Lunatic asylums Madras 1892-1911 - 1892-1911
Year: 1892
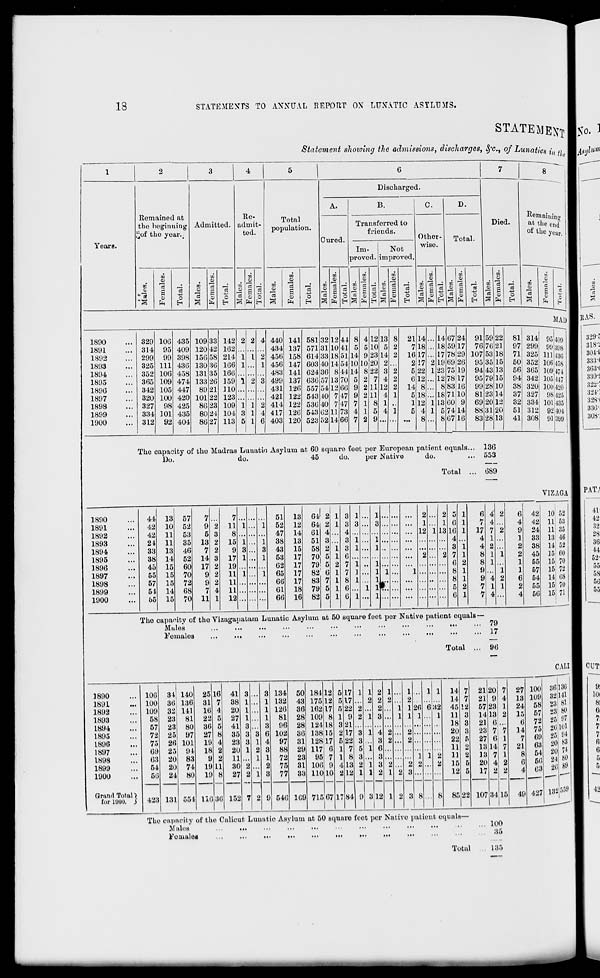
cr
o
c" r =
P Z* o
O
P_
c"
e
f
p
p
(5
P
g
P
ct-
O
o
01
d
P
5".
P
d
p
PC
I p
sc
I EX i C» O
Q
HMH-r--r!-'PMui
_T
CD 00 00 X 00 00 00 X X 00 00
CP
OCCCCCCCCCOCOCOCCCOCO
Cc
Ol
—
_C-
oo~
0B
EM
IC
tC
CO
Ol
—
M
pa
e»»r.f.«j«joioicco
c. 4- ~ £ Cli M cc c c c
b£ tC tC bO to tC IC 10 OS CO CO
if- C C O' OS O' CO CC tC C. a-
xvrxcocccxxii-ooifv
CC M- 00 -- I
-I CO M —' C. Q
_ _
i; i: i; - cc t c
co £ eejjo e^ct: pa i- o»
X M tO tC |ti.|lCCICI»>iffi
vi O i—' co cs en t- 1 *-> cc x i—
i tc tc : MPPMH H i- 1 M
tc
CO
cc toMOSif-c.esMMMOs
o si u x M K a H ca tc fr.
cccotctcceootctcosif. en
HCCHiiKiioa^x
or,w > )xx»wKC''^
3 1 t—'
M •—1 —
o " <t a M ci x jC
—.
<J tc tc
£ 1 14 if. rJ M OI |« 05 — EM On 0*
£ 1 r- M
IC M IC
10 CO X M Iv M i- -c
tC M i—
ic vi vt
CD
t-> tc CO CH CO CO
tc tc : M
CO
1 i-« M. M : M
i-i "•
IC M
E 1 tC CO CO C5 CO £-> DO tc tc tc
M 1 M ic : : tc tc ■ :
-
IC M
tc
tc :
:
:
: :
—i i—•;
.
CO
eo tc : :
ic tc
— MKM
X
• tc M •
•
M
tC ;
liiHi::
cs: M
X
: tc re :
:
— tc: M
no
— — — —- tC tC —
M 5> w M |« O 00
—- -
—
-' — —
ic
Id
en en tc tc en co os Co tc vt vt
M
o
vt
M » " " (O IO («
•1C KMMW"
i-i C" IC tC
4_ -a i-i t—i
CO
tc *>. vi #>■ OB »* oa
l-i tc
tc
os co co ©
en
IC tC M Vf i-i vr ■
tc i- 1 if» V|
CO
tc
M
1 iLOOBM^ikC
M tc M tc
ti if- os vi
ic
v>
M l-i
C. OIDR C^'OOiC C O
w r. ^ K c 6i tc <i x e c
M
\
co
I tototete ic ic ic ic tc cc
1
T-. -t © o e* r- ei a u tc
M
C
CD
CO
o
o
p
fe»-p
r 1 P
— ~
co *<5
o
cc
<i
s
P
oq
P
P
P
■s.
v;
C"
C
P
P
c
o
p
<
c
p
"p
p^
on
i
-■1 CO
ic cc
S-l P
t'
\ on 2 M cr -5 c - i Or 3c Z M
I '*-
ci n o: s? «j «i vt a i c e
-3
_
—
,
—
1— —
cexxxxxxxxxx
OCOCOCCCOCOCOCOCOCCCO
OCD»»4GiO»tt>-C0Uil-'O
C" i'l i.1 ii •-- 10 co to — — —
o> i*^ ^J Ol O' X CO *- IC tC It*.
0<*-OlOiC!lifCSHHCM
»t O "<t •» C5 W *■ OS Ol W W
O X tc o o tc Ci en CO IC VI
l-i-JCOCD-<rif>.<tC0OnCO<I
i-ii^-tctctcostctccstc'-
|_it-i|-iMI-'l-J
l-i
l-i
toi—•!—ii-'CDvrcoenXi—ivr
'.
: :
»-■:
i-* os t—■:
i-i:
I::::::::
: : : i_>*
HMH:
i—i:
C75CiCiCSCieni»>.Osii>Cnen
C". i—' c: o» tc co co x <t tc i—i
l_i|_i|_i>_it_iMI-'l-'l-
1 l-i|-'
O>X^IM<IMCnM*»tOC0
X»JXX<tvlOTOiCfflfl5
l«tCMKiOCXHMit.|4i.
en en <r c; en en ts co *>■ tc tc
HHHHbOMI-':
i- 1 1->
oCiX<TVfCJCoosif*ccoo
i—i :
r- — _J
I-i I-i
CO l-i
M H- 1 M h-> h-i
I-i I-i
CO M
.
.
.
i-i.
: ;
: •
i-i
:
:
:
:
:
tc: :
h-i
tC h-i tC
:
:
:
:
:
to :
:
MHM
C Ci X X C5 »J « ^ C O ti
HMMHtCMH!
h-i h-i H-i
vrocBXx*'*' vt VT35
,f- |_i ,£>. :
HMI9H <f if- #-.
:
i- 1 tc i-i '■
i- 1 :
: tc :
tc
tjs-toes'-'i-'totoi-'cotf-os
tntnenenenit-cseo
C Ol it <( Ol «> X M
ic ^_ ^_
lt- tc tc
OlOllfi-ViOiOt^.CS
i- c oc ti o c tc c;
I—' I—. o
u ui en
p-
c
o
p
0-
c
P
p
c
p
p
p
cc
— a
Ci o
CO
ifl
p
C °
"
i-b
CC
o
C-!-
VZ
C CD
•-S ^
tz; t=l
P S
<n- <S
K' O
5^
<= CD
P
P
<n
p
Pi, !Tt-
c S'
1-3
CO
O
►o
P
p
c i c tr
& I Ol OS
O | wo
ci w en en [? ^ w to cc
oi C-. cc ci
P X to tC i-f
o
1—• t—« 1—• 1—■ 1—1|—i |-i M Hit- 1 !—'
COXXXXXXXxOCX
CCOCCCOCOCCyCOCO^CDCO
OCOXVtOOlit-OSiiit-'O
ososososcoososostcosos
t-> CO tc IC *- Oft Ol tc CO i—' IC
tc ii- vi o tc oi ic ci co #- co
i—i
l—i l—i h-i l—i l—i
I— 1
CCOCOCOOOH-iCOCOO
KHXCOiCDOHOCiiO
l£.£.»f.£.|^£*(f.|f.0S#-l£.
O CO IC IC if- Vt Ol CO CO O OS
i^ «i Oi O «J it- X O X O Oi
M
1—1 I-i M I- 1 M h- 1
xxxoxososcooitco
C O O H O K H C O C !D
tc tc IC IC IC IC OS 00 O'l ti- CO
-~t it. os tc >-■ os oi cr. x tc os
1—i|-i|—1|—"-"-"h'1-itCI—'H
H O C M H W CS O H C *i.
0S*-CDC0OCDCr.05i^tClC
en co i-i: : H* : MM: tc
t-' h-> h-':
:
tc :
:
M :
tc
os li^ tc :
:
os:
HM:
if*
if.t^.if»ii».if>.Ku^if.lfk^.|f»
O M M tC OS CC X Ol Ol CO fcf*-
C0Mil.HHCO«CO*-O
H'MI-iMI-'l-iMiMMMM
tctctctctcosif.*.enco*.
O C 14 lO O <I H ») X M P
CnenonoienoccCSOiOnon
tc if- OS if. en CO tc C M -vj X
CCCOC: W^IC. ifCOtt-HH
oi cr. if. ^- ci oi co if- co co os
tO IC O O kf- ^7 S5 O CO M tC
1—i Mi
MiMi
t— Mi M■ 1—i
if- i-i -T vr to co x if- x c tc
a vr M M o *^i M oi oi M if.
OOSVIVJCJCMM!—'MH-
Vtif.VtCCC0 01if.Cif* Oi X
tCMMtCtCtCXOCOOlif-
. . __ I -1 M
IC IC tC M M
(CWXi-iHvltiCMOM
:
M
r-
i_i
•
-f-Mlf-tCtO-COtCMOlOS
:
M : i-i tc tc tc :
tc tc x
J
M
M
tC
61 H Ol if C5 Ol bO C)<J H
>-'!-'
M IC t— M M K-
x if- tc x x tc tc vi vi x if-
:
t-i )->:
:
:
H-I tc:
:
.'
xoicoxxtccocovtooif.
cr. vi cr. -.tasvta-t en c.
vfif-CMCoXoicoxcovr
^ >-^
M M M h- IC tC M tC
c-if-cooG-vtoc-covrif-
Mi
xxo-xcoococoovrco
coxcOMcocnif.cnvia-M
tc co tc tc tc vi if. co on vr en
XMOcoxcooscncocr.co
HtOHHMMHHHIOM
os o to if- c oi os en x M tc
ifVCnCOCOCOCOenenVfCOX
M^tcvrxif.C5CMvrM
COCOCOCOCOCOCOOSOStCCO
o i—■ oo tc ic *- c. oi tc ce MI
xicif-vrotccntcoicoifi.
MiaPceooicoaai-naoi
C£ »4-
CO I-i' IC 4- vi ci W C O
ci CJI o- "--i >i- cc c: oc wi
Co u :: :: :: :: ;: :: :: :: ::
C « ic u u cc ci cc c »■ la
C30 CS 00 *- IS occi; li-CCO
Q
P
i-S
ca
M
4 t
Mains.
S- =" S 3
* — 3
Iff P 3 °
m P PJ
tc
CO
£-
on
O
Females.
Total.
Males.
p.
1
CD
C-i
Females.
Total.
Males.
Re-
admit-
ted.
Females.
Total.
Males.
Total
population.
Females.
Total.
Males.
o
P
n
a
p.
^
co'
O
P
aq
»
Pi
Females.
Total.
Males.
►P
o
<
a
Ml
P
t-3
i-j
P=P
CD a-
Pit?
CO o
* Pi
n-
O
bd
Females.
Total.
Males.
3
►p
•-a
o
<1
CB
Pi
o
ct-
Females.
Total.
Males.
3 <rt-
CO-P"
O CD
p
Females.
Total.
Males.
H3
o n-
t)
Females.
Total.
Males.
O
V|
Females.
Total.
pi
Males.
2, P W
™ e» CD
I
Females. 1
re re S.
-
Total.
CO
«Ct
/ ^1
X
Males.
Ul
H
QO
CO
H
t=3
'A
*-i
CO
H
O
r*
>i
^
CJ
'p-*
QQ
Ed
cc>
c=l
TI
2
O
«.
f3
Co
H
O
O
5.
>1
CS5
tr>
ca
>■
a
H
Sj
I—I
o
CO
CO
>•
o'
'Jl
a
CO